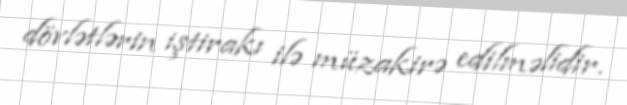
dövlətlərin iştirakı ilə müzakirə edilməlidir.